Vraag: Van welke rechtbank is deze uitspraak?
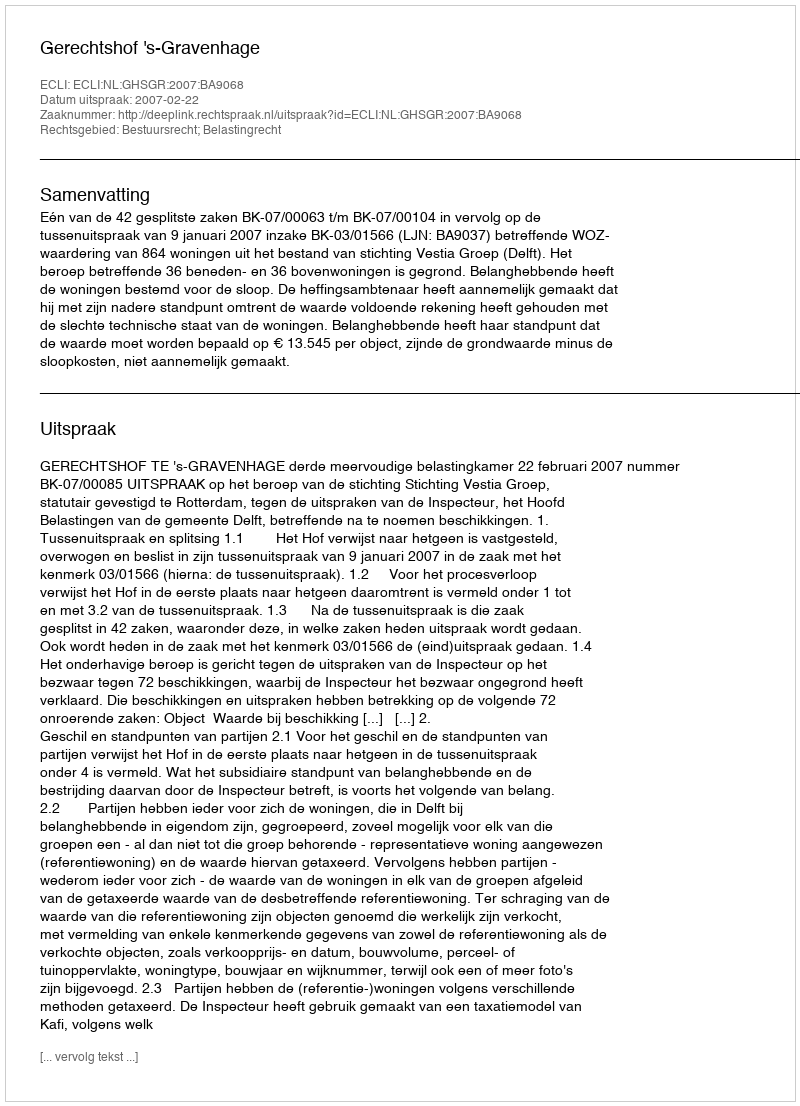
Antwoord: Gerechtshof 's-Gravenhage